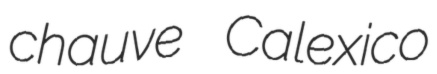
chauve Calexico